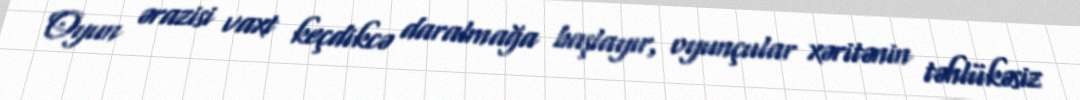
Oyun ərazisi vaxt keçdikcə daralmağa başlayır, oyunçular xəritənin təhlükəsiz